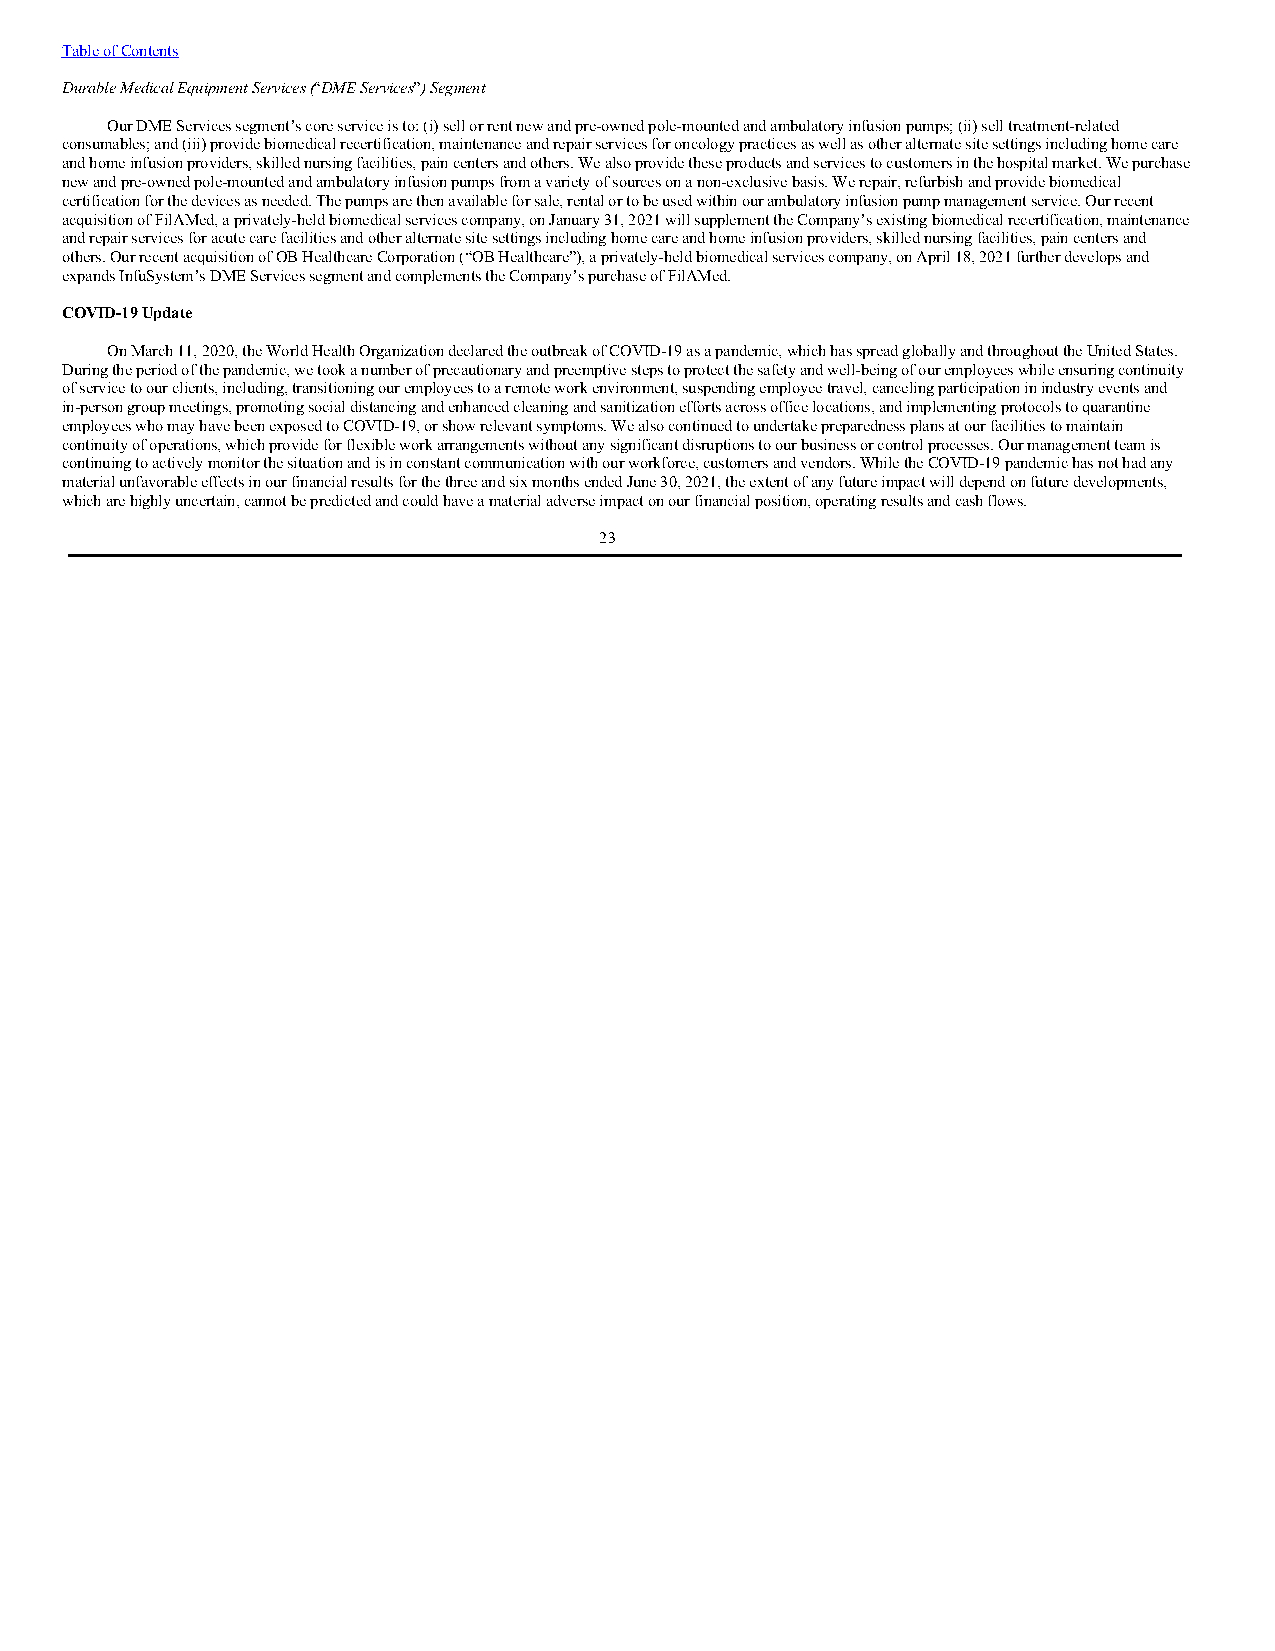
Table of Contents
 Durable Medical Equipment Services (“DME Services”) Segment
 Our DME Services segment’s core service is to: (i) sell or rent new and pre-owned pole-mounted and ambulatory infusion pumps; (ii) sell treatment-related
 consumables; and (iii) provide biomedical recertification, maintenance and repair services for oncology practices as well as other alternate site settings including home care
 and home infusion providers, skilled nursing facilities, pain centers and others. We also provide these products and services to customers in the hospital market. We purchase
 new and pre-owned pole-mounted and ambulatory infusion pumps from a variety of sources on a non-exclusive basis. We repair, refurbish and provide biomedical
 certification for the devices as needed. The pumps are then available for sale, rental or to be used within our ambulatory infusion pump management service. Our recent
 acquisition of FilAMed, a privately-held biomedical services company, on January 31, 2021 will supplement the Company’s existing biomedical recertification, maintenance
 and repair services for acute care facilities and other alternate site settings including home care and home infusion providers, skilled nursing facilities, pain centers and
 others. Our recent acquisition of OB Healthcare Corporation (“OB Healthcare”), a privately-held biomedical services company, on April 18, 2021 further develops and
 expands InfuSystem’s DME Services segment and complements the Company’s purchase of FilAMed.
 COVID-19 Update
 On March 11, 2020, the World Health Organization declared the outbreak of COVID-19 as a pandemic, which has spread globally and throughout the United States.
 During the period of the pandemic, we took a number of precautionary and preemptive steps to protect the safety and well-being of our employees while ensuring continuity
 of service to our clients, including, transitioning our employees to a remote work environment, suspending employee travel, canceling participation in industry events and
 in-person group meetings, promoting social distancing and enhanced cleaning and sanitization efforts across office locations, and implementing protocols to quarantine
 employees who may have been exposed to COVID-19, or show relevant symptoms. We also continued to undertake preparedness plans at our facilities to maintain
 continuity of operations, which provide for flexible work arrangements without any significant disruptions to our business or control processes. Our management team is
 continuing to actively monitor the situation and is in constant communication with our workforce, customers and vendors. While the COVID-19 pandemic has not had any
 material unfavorable effects in our financial results for the three and six months ended June 30, 2021, the extent of any future impact will depend on future developments,
 which are highly uncertain, cannot be predicted and could have a material adverse impact on our financial position, operating results and cash flows.
 23